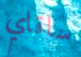
ساقاي